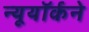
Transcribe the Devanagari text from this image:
न्यूयॉर्कने